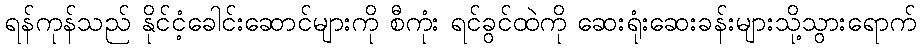
ရန်ကုန်သည် နိုင်ငံ့ခေါင်းဆောင်များကို စီကုံး ရင်ခွင်ထဲကို ဆေးရုံးဆေးခန်းများသို့သွားရောက်